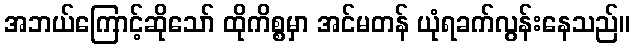
အဘယ်ကြောင့်ဆိုသော် ထိုကိစ္စမှာ အင်မတန် ယုံရခက်လွန်းနေသည်။